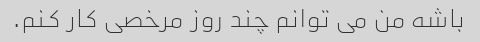
باشه من می توانم چند روز مرخصی کار کنم.